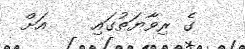
ގެ ރިވާޔަތުގައި    އަށް